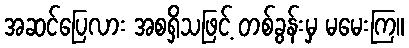
အဆင်ပြေလား အစရှိသဖြင့် တစ်ခွန်းမှ မမေးကြ။